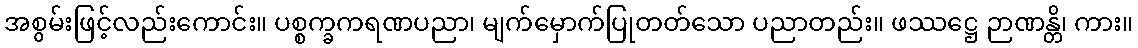
အစွမ်းဖြင့်လည်းကောင်း။ ပစ္စက္ခကရဏပညာ၊ မျက်မှောက်ပြုတတ်သော ပညာတည်း။ ဖဿဋ္ဌေ ဉာဏန္တိ၊ ကား။